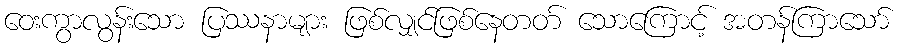
ဝေးကွာလွန်းသော ပြဿနာများ ဖြစ်လျှင်ဖြစ်နေတတ် သောကြောင့် အတန်ကြာသော်